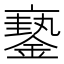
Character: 𨬇